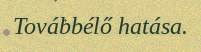
Továbbélő hatása.